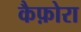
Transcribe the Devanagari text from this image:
कैफ़ोरा